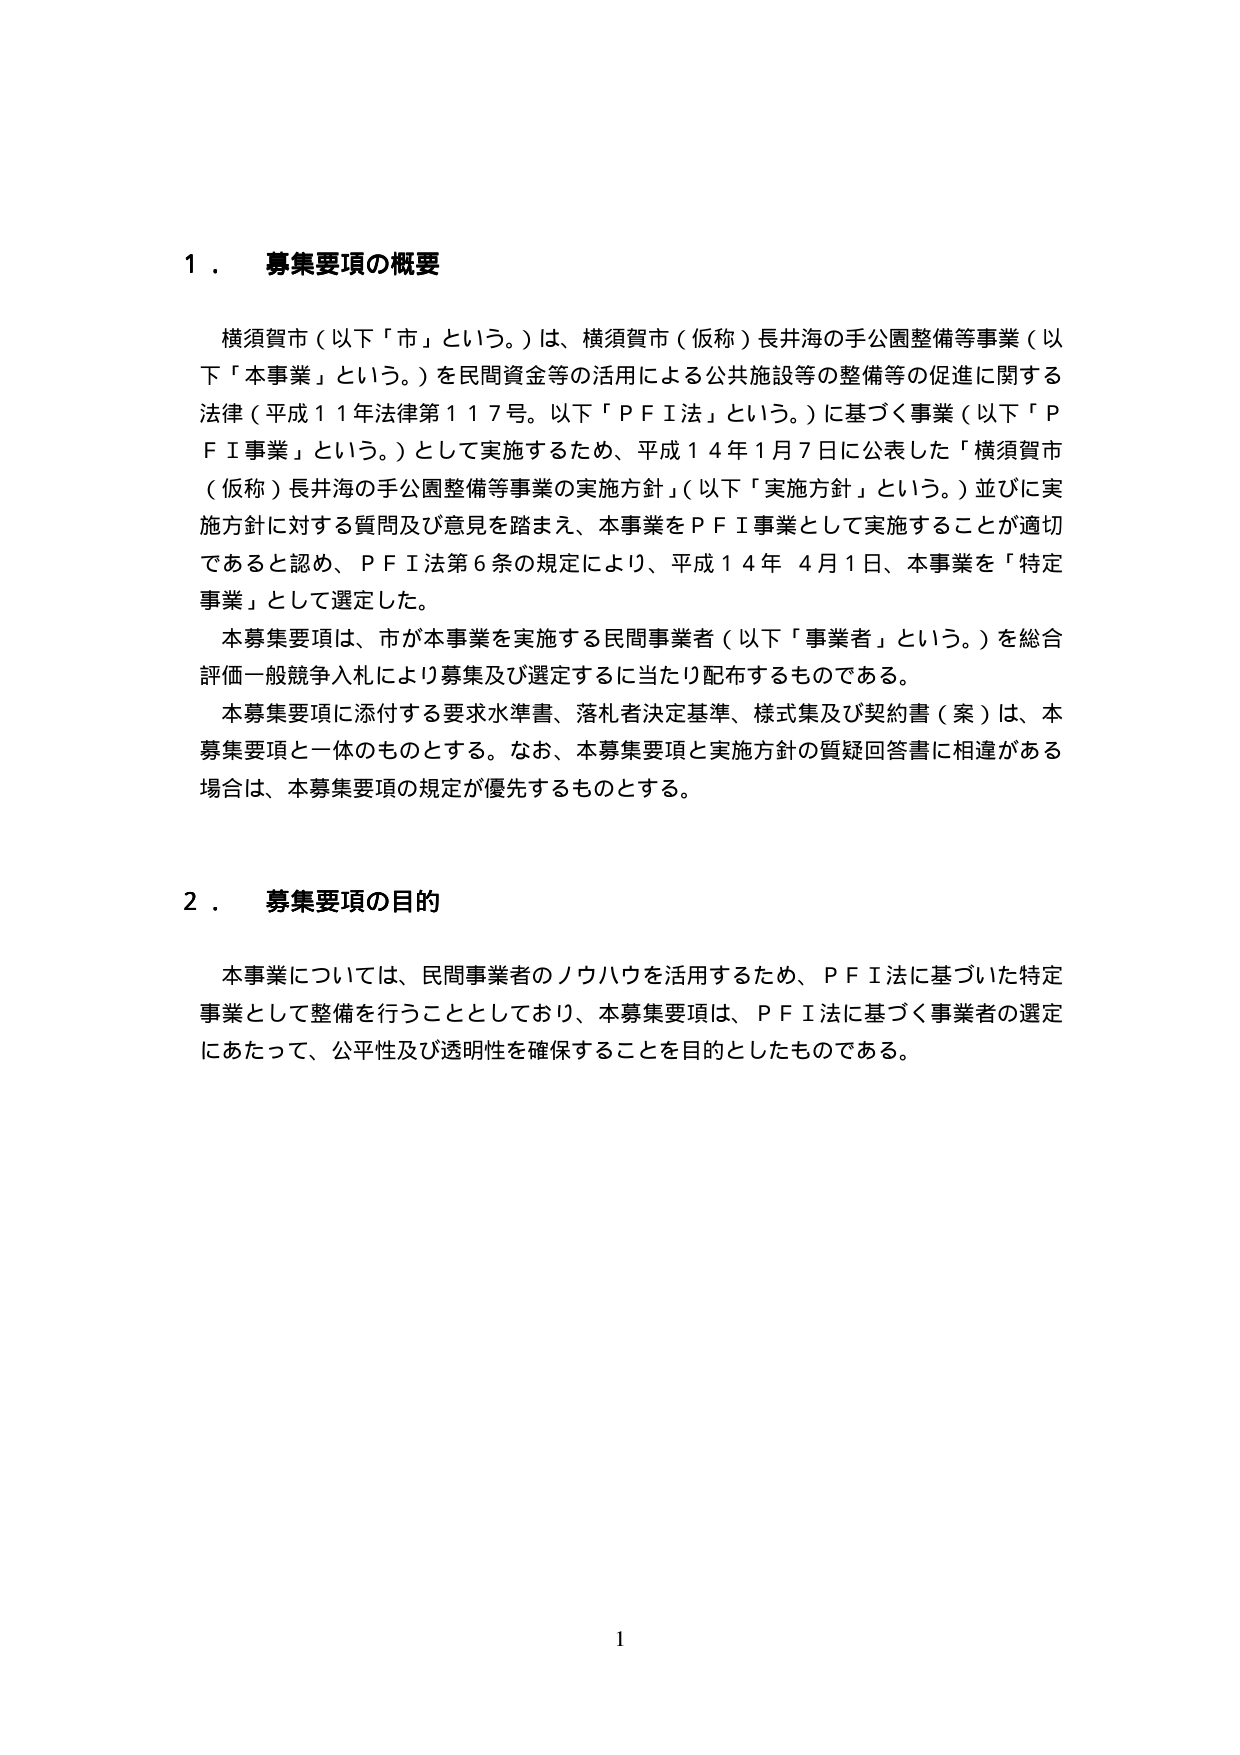
１． 募集要項の概要

横須賀市（以下「市」という。）は、横須賀市（仮称）長井海の手公園整備等事業（以下「本事業」という。）を民間資金等の活用による公共施設等の整備等の促進に関する法律（平成１１年法律第１１７号。以下「ＰＦＩ法」という。）に基づく事業（以下「ＰＦＩ事業」という。）として実施するため、平成１４年１月７日に公表した「横須賀市（仮称）長井海の手公園整備等事業の実施方針」（以下「実施方針」という。）並びに実施方針に対する質問及び意見を踏まえ、本事業をＰＦＩ事業として実施することが適切であると認め、ＰＦＩ法第６条の規定により、平成１４年４月１日、本事業を「特定事業」として選定した。

本募集要項は、市が本事業を実施する民間事業者（以下「事業者」という。）を総合評価一般競争入札により募集及び選定するに当たり配布するものである。

本募集要項に添付する要求水準書、落札者決定基準、様式集及び契約書（案）は、本募集要項と一体のものとする。なお、本募集要項と実施方針の質疑回答書に相違がある場合は、本募集要項の規定が優先するものとする。

２． 募集要項の目的

本事業については、民間事業者のノウハウを活用するため、ＰＦＩ法に基づいた特定事業として整備を行うこととしており、本募集要項は、ＰＦＩ法に基づく事業者の選定にあたって、公平性及び透明性を確保することを目的としたものである。

1